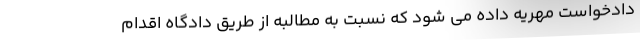
دادخواست مهریه داده می شود که نسبت به مطالبه از طریق دادگاه اقدام